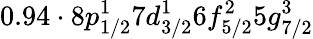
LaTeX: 0.94\cdot 8p_{1/2}^{1}7d_{3/2}^{1}6f_{5/2}^{2}5g_{7/2}^{3}